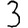
Digit: 3